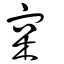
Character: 宲